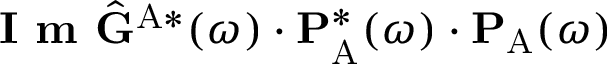
\textbf { I m } \hat { \mathbf { G } } ^ { \mathrm { A } * } ( \omega ) \cdot \mathbf { P } _ { \mathrm { A } } ^ { * } ( \omega ) \cdot \mathbf { P } _ { \mathrm { A } } ( \omega )